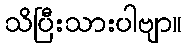
သိပြီးသားပါဗျာ။